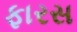
ફારસ